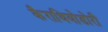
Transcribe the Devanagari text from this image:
कैराथियोडोरी